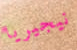
نيجيريا